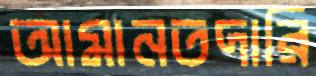
আমানতদারি